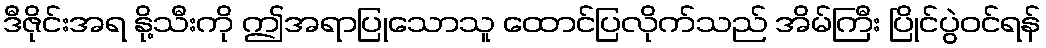
ဒီဇိုင်းအရ နို့သီးကို ဤအရာပြုသောသူ ထောင်ပြလိုက်သည် အိမ်ကြီး ပြိုင်ပွဲဝင်ရန်